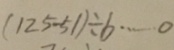
( 1 2 5 - 5 1 ) \div b \cdots 0